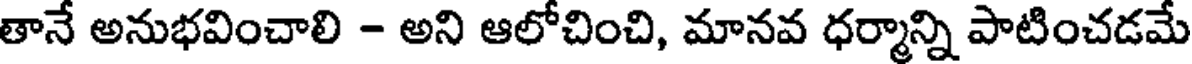
తానే అనుభవించాలి - అని ఆలోచించి, మానవ ధర్మాన్ని పాటించడమే